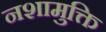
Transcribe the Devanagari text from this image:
नशामुक्ति